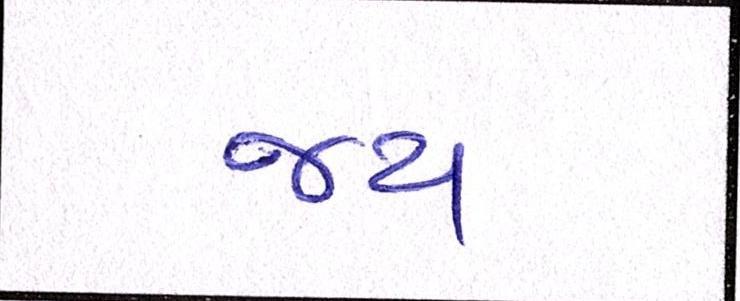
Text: જય